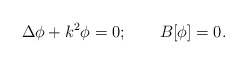
\begin{align*}\Delta \phi + k^2 \phi = 0; \qquad B[\phi] = 0.\end{align*}